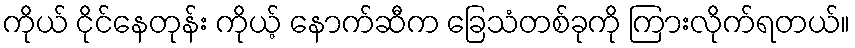
ကိုယ် ငိုင်နေတုန်း ကိုယ့် နောက်ဆီက ခြေသံတစ်ခုကို ကြားလိုက်ရတယ်။